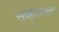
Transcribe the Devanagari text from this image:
सर्व्हरवरून